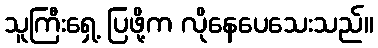
သူကြီးရှေ့ ပြဖို့က လိုနေပေသေးသည်။